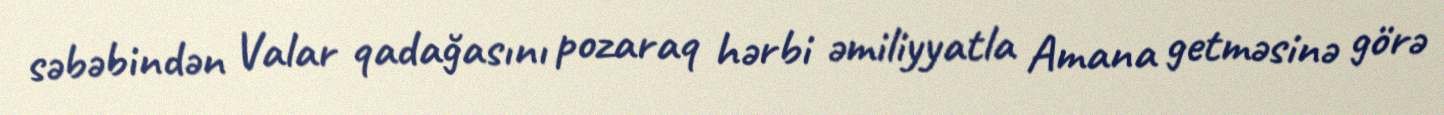
səbəbindən Valar qadağasını pozaraq hərbi əmiliyyatla Amana getməsinə görə